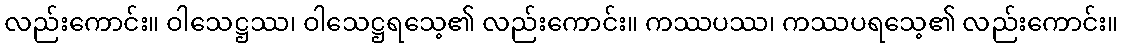
လည်းကောင်း။ ဝါသေဋ္ဌဿ၊ ဝါသေဋ္ဌရသေ့၏ လည်းကောင်း။ ကဿပဿ၊ ကဿပရသေ့၏ လည်းကောင်း။